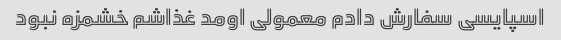
اسپایسی سفارش دادم معمولی اومد غذاشم خشمزه نبود